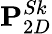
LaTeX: \mathbf{P}_{2D}^{Sk}